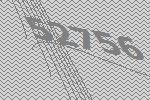
52756